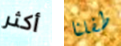
أكثر طفلنا